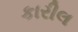
કારીલ